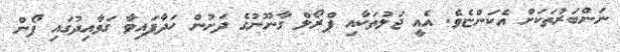
ނަންބަރުތަކަށް އެކަންޏެވެ. އެއީ ޖަލުތަކާއި ޕްރޯލް ގާނޫނުގެ ދަށުން ހަދާފައިވާ ގަވާއިދުގައި ފޯން